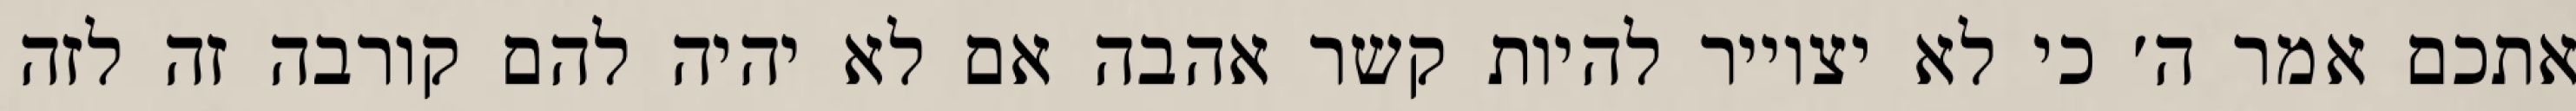
אתכם אמר ה׳ כי לא יצוייר להיות קשר אהבה אם לא יהיה להם קורבה זה לזה